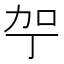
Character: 𪟗